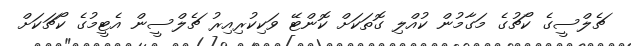
ޗެލްސީގެ ކޯޗުގެ މަގާމުން ކުއްލި ގޮތަކަށް ކޮންޓޭ ވަކިކުރިއިރު ޗެލްސީން އެޓީމުގެ ކޯޗަކަށް